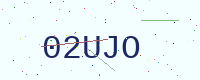
Text: 02UJO